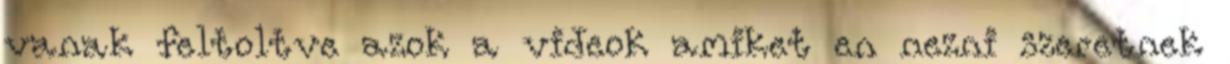
vanak feltoltve azok a videok amiket en nezni szeretnek